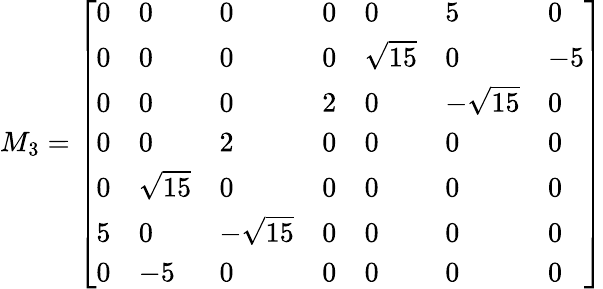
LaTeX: M_{3}=\left[\begin{array}{lllllll}{0}&{0}&{0}&{0}&{0}&{5}&{0}\\ {0}&{0}&{0}&{0}&{\sqrt{15}}&{0}&{-5}\\ {0}&{0}&{0}&{2}&{0}&{-\sqrt{15}}&{0}\\ {0}&{0}&{2}&{0}&{0}&{0}&{0}\\ {0}&{\sqrt{15}}&{0}&{0}&{0}&{0}&{0}\\ {5}&{0}&{-\sqrt{15}}&{0}&{0}&{0}&{0}\\ {0}&{-5}&{0}&{0}&{0}&{0}&{0}\end{array}\right]